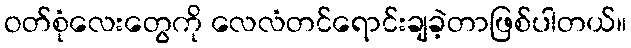
ဝတ်စုံလေးတွေကို လေလံတင်ရောင်းချခဲ့တာဖြစ်ပါတယ်။